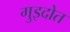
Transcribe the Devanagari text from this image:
गुइदोत